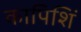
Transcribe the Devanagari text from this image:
कापिशिं